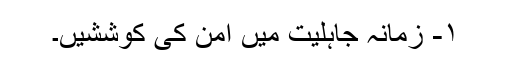
۱- زمانہ جاہلیت میں امن کی کوششیں۔